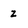
Character: z